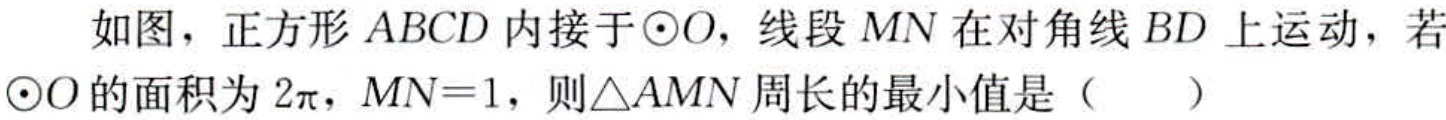
如图，正方形\(ABCD\)内接于\(\odot O\)，线段\(MN\)在对角线\(BD\)上运动，若\(\odot O\)的面积为\(2\pi\)，\(MN = 1\)，则\(\triangle AMN\)周长的最小值是（  ）